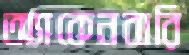
অ্যাকেনবারি